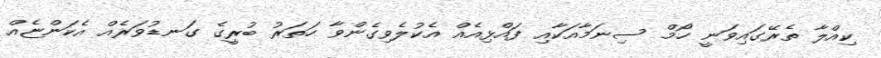
ކިއްލާ ތެރޭގައިވަނީ ހޯމް ސިނަމާއަކާއި ފައްޅިއެއް އެކުލެވިގެންވާ ހަތަރު ބުރީގެ ގަނޑުވަރެއް އެކަންޏެއް